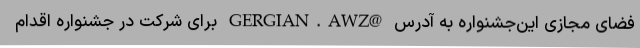
فضای مجازی این‌جشنواره به آدرس @GERGIAN.AWZ برای شرکت در جشنواره اقدام